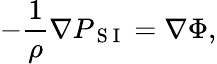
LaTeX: -\frac{1}{\rho}\nabla P_{\mathrm{~S~I~}}=\nabla\Phi,